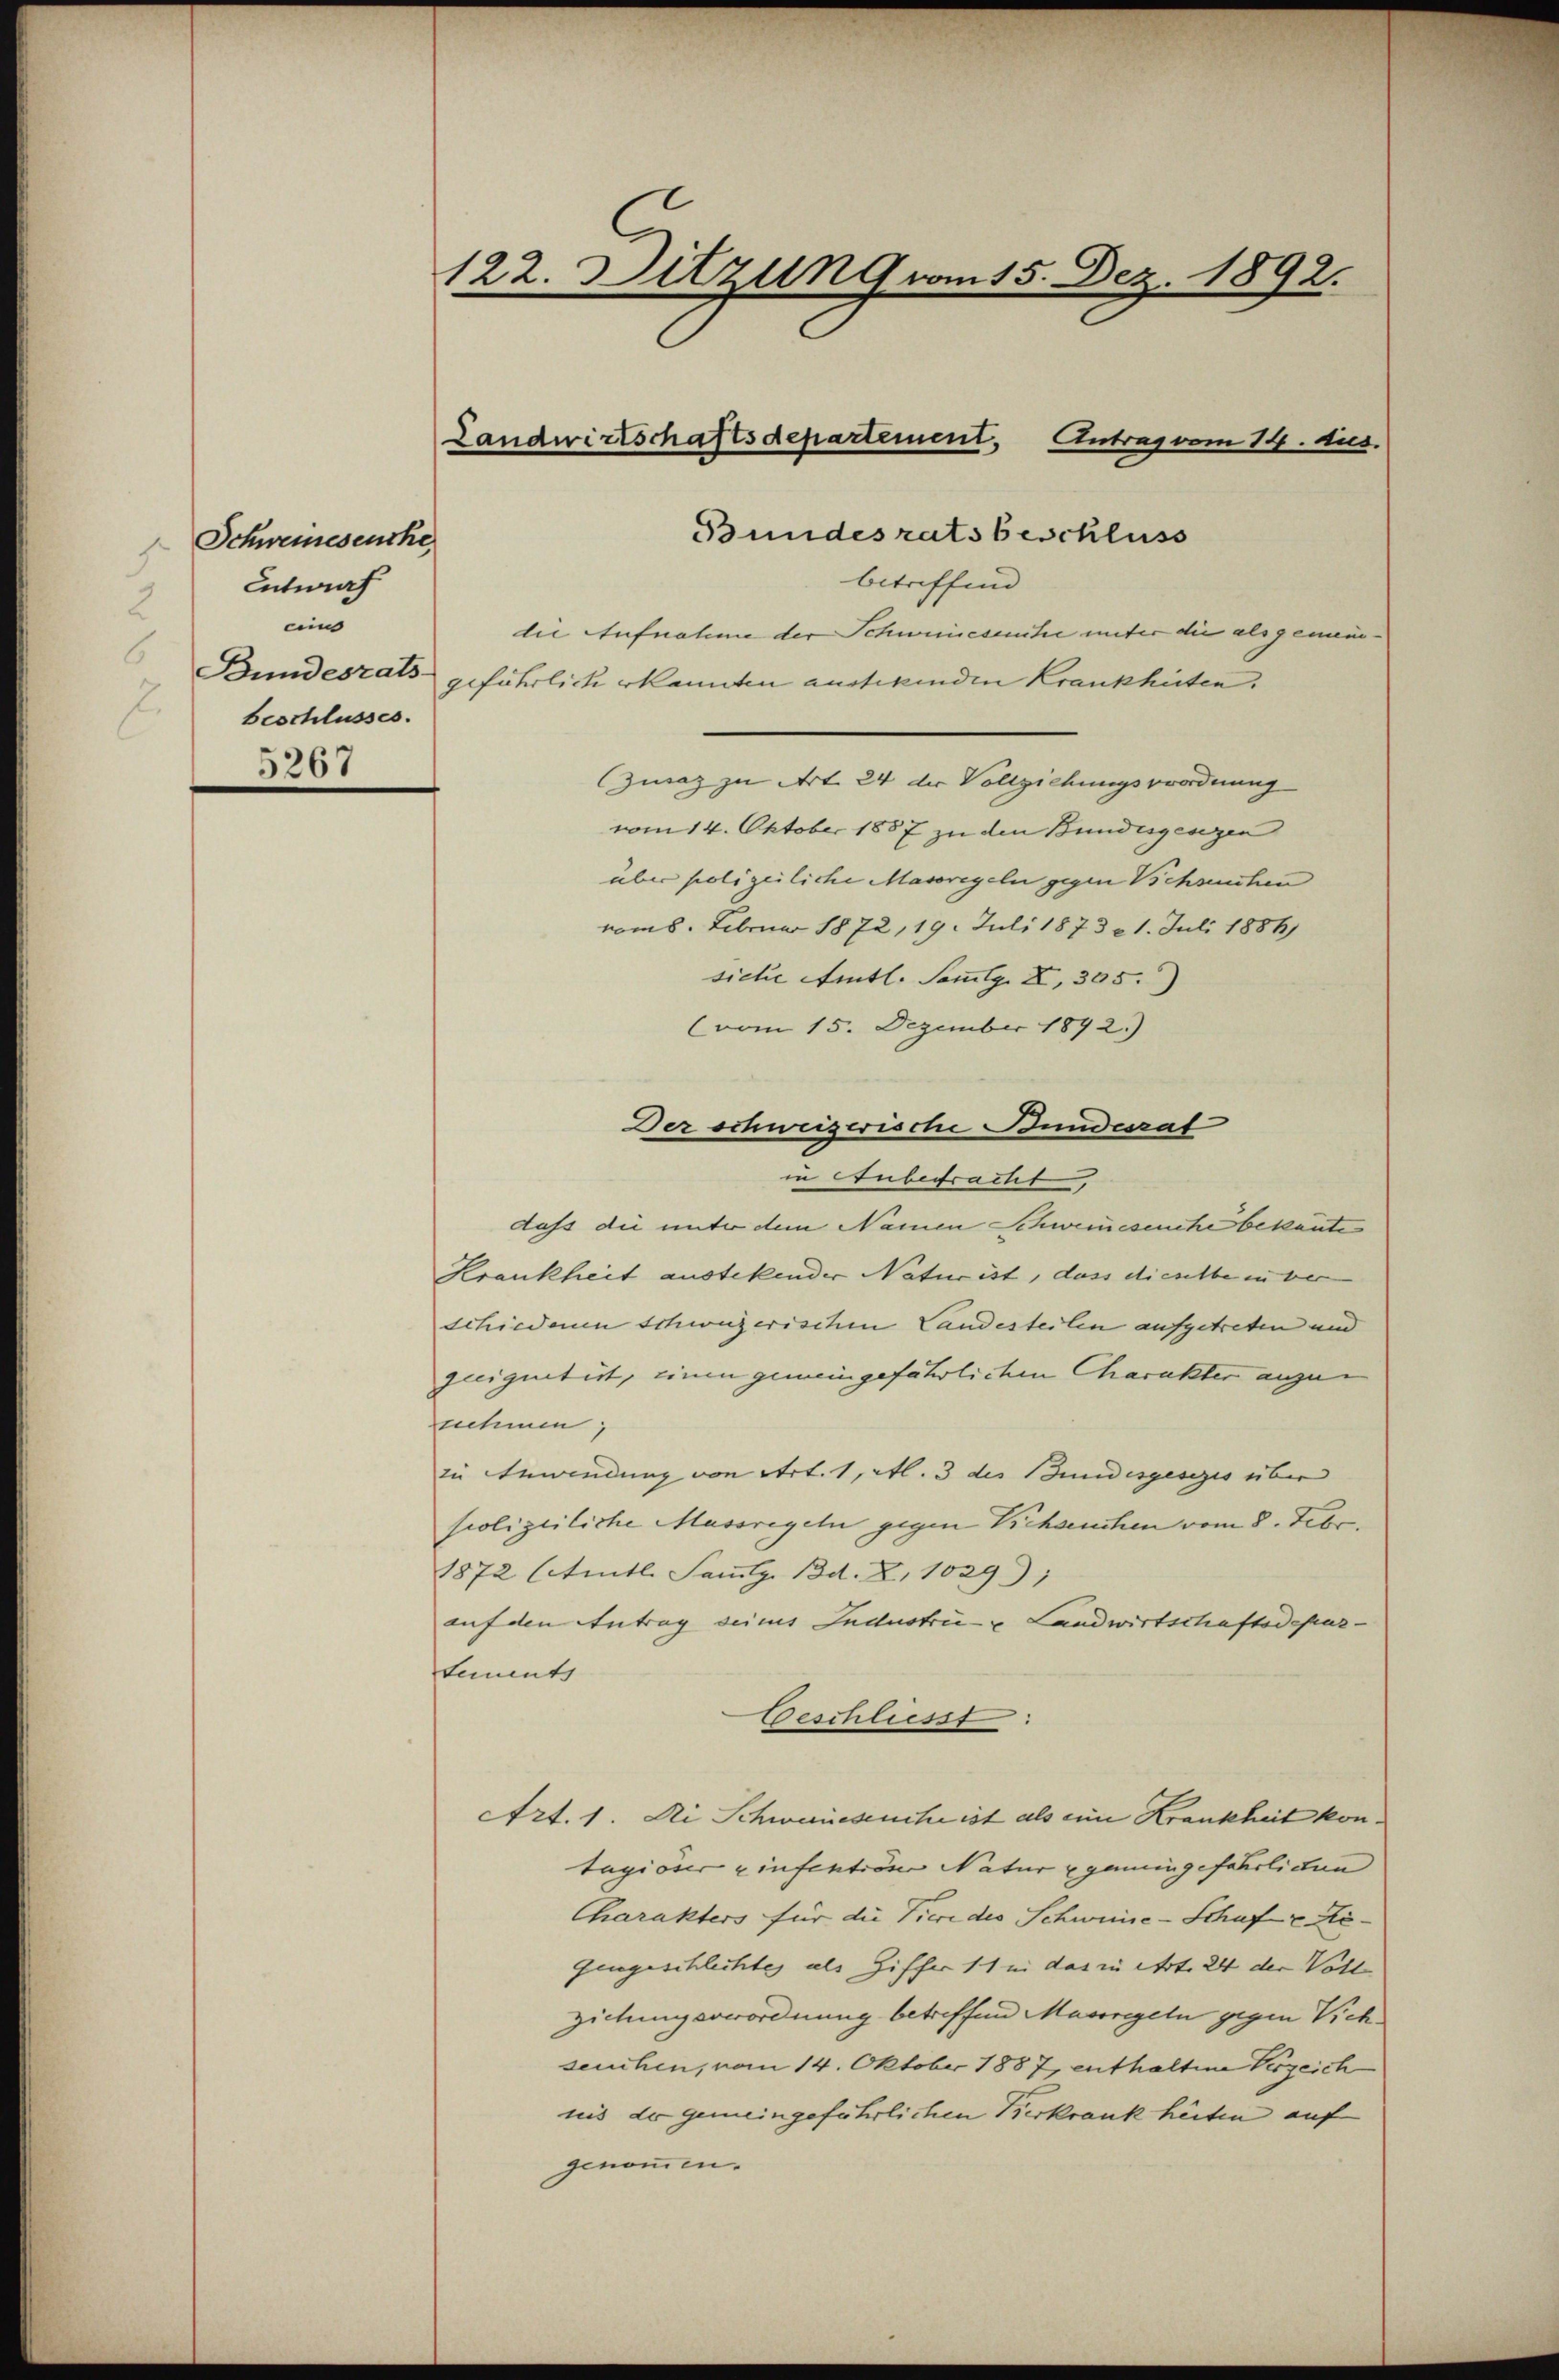
Schweinesensche
Entwurf
u
und
beschlusses.

5267

122. Ditzung vom 15. Dez. 1892.

Bundesrats beschluss
betreffend
die Aufnahme der Schweineseuche unter die als gemein¬
Bundesrats geführlich erkannten aussikenden Krankheiten.
Zwaz zu Art 24 der Vollziehungsverordnung
vom 14. Oktober 1887 zu den Bundegesezen
über polizeiliche Massregeln gegen Viehseuchen
vom 8. Februar 1872, 19. Juli 1873 n 1. Juli 1886)
siche Amtl. Sammlg. XI, 305)
(vom 15. Dezember 1892.)
Der schweizerische Bundesrat
in Anbetracht,
dass die unter dem Namen Schwemeseuche bekante
Krankheit austekender Naturist, dass dieselbe in ver
schiedenen schweizerischen Landesteilen aufgetreten und
geeignetet, einen gemeingefährlichen Charakter anzunehmen;
in Anwendung von Art. 1, Al. 3 des Bundesgesezes über
polizeiliche Massregeln gegen Viehseuchen vom 8. Febr.
1872 (entl. Sammlg. Bd. X, 1029,
auf den Antrag seines Industrie u Landwirtschaftsdepartements
Geschliesst
Art. 1. di Schwaneseuche ist als eine Krankheit kontagioser zinsentione Natur gemeingefährlichen
Charakters für die Tiere des Schweine-Schaft Be¬
Gengeschlechtes als Ziffer 11 in das in Art. 24 der Voll
ziehungsverordnung betreffend Massregeln gegen Vichseuchen, vom 14. Oktober 1887, enthaltene Verzeichnis der gemeingeführlichen Kerkrankheiten auf
genommen.

Landwirtschaftsdepartement. Antrag vom 14. Aug.